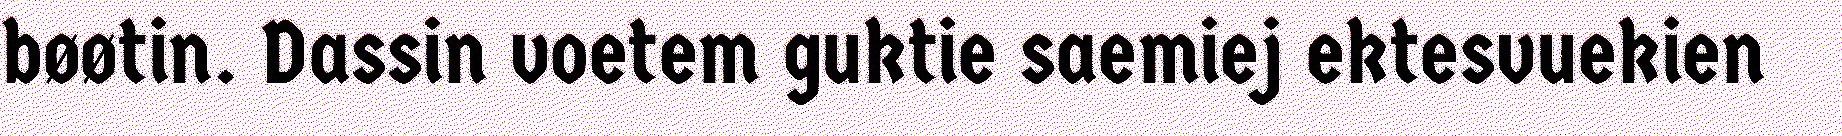
bøøtin. Dassin voetem guktie saemiej ektesvuekien